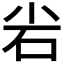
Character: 𮱢